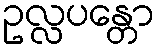
ဥလ္လပန္တော